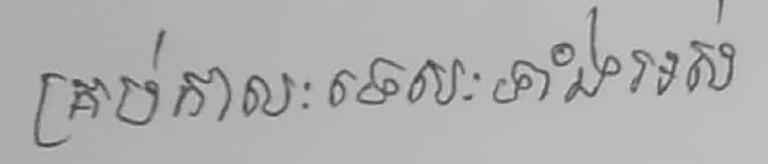
គ្រប់កាលៈទេសៈទាំងអស់